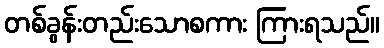
တစ်ခွန်းတည်းသောစကား ကြားရသည်။